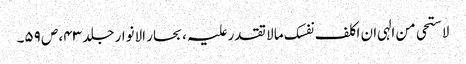
لاستحی من الہی ان اکلف نفسک ما لا تقدر علیہ ، بحار الانوار جلد ۴۳، ص ۵۹۔